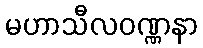
မဟာသီလဝဏ္ဏနာ